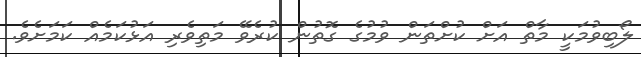
ލޯބިވުމަކީ މާތް އަށް ކުށްތަން ވުމުގެ ގޮތުން ކުރެވޭ މަތިވެރި އަޅުކަމެއް ކަމަށެވެ.